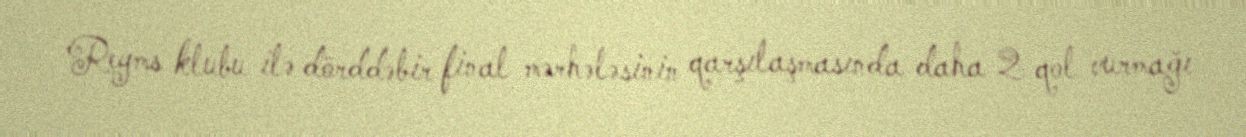
Reyms klubu ilə dörddəbir final mərhələsinin qarşılaşmasında daha 2 qol vurmağı